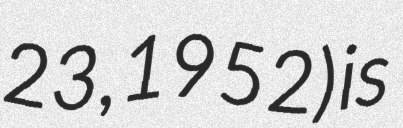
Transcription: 23, 1952) is